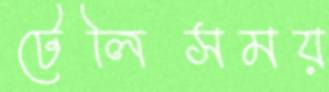
টেলিসময়